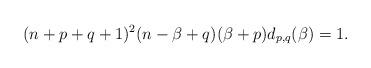
LaTeX: \begin{align*}(n+p+q+1)^2(n-\beta+q)(\beta+p)d_{p,q}(\beta)=1.\end{align*}